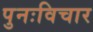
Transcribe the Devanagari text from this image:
पुनःविचार